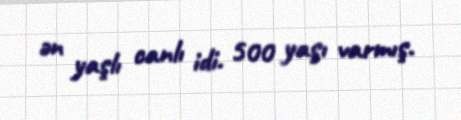
ən yaşlı canlı idi. 500 yaşı varmış.